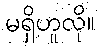
မရှိဟူလို။